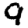
Digit: 9